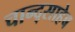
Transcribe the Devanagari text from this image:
चान्द्साहेब